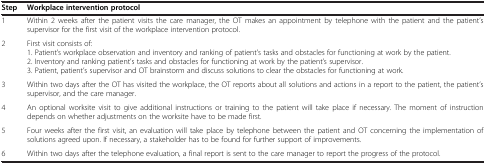
| Step | Workplace intervention protocol |
 | --- | --- |
 | 1 | Within 2 weeks after the patient visits the care manager, the OT makes an appointment by telephone with the patient and the patient’s supervisor for the first visit of the workplace intervention protocol. |
 | 2 | First visit consists of: 1. Patient’s workplace observation and inventory and ranking of patient’s tasks and obstacles for functioning at work by the patient. 2. Inventory and ranking patient’s tasks and obstacles for functioning at work by the patient’s supervisor. 3. Patient, patient’s supervisor and OT brainstorm and discuss solutions to clear the obstacles for functioning at work. |
 | 3 | Within two days after the OT has visited the workplace, the OT reports about all solutions and actions in a report to the patient, the patient’s supervisor, and the care manager. |
 | 4 | An optional worksite visit to give additional instructions or training to the patient will take place if necessary. The moment of instruction depends on whether adjustments on the worksite have to be made first. |
 | 5 | Four weeks after the first visit, an evaluation will take place by telephone between the patient and OT concerning the implementation of solutions agreed upon. If necessary, a stakeholder has to be found for further support of improvements. |
 | 6 | Within two days after the telephone evaluation, a final report is sent to the care manager to report the progress of the protocol. |